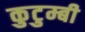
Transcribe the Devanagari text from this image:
कुटुम्बी